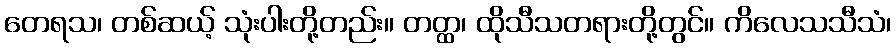
တေရသ၊ တစ်ဆယ့် သုံးပါးတို့တည်း။ တတ္ထ၊ ထိုသီသတရားတို့တွင်။ ကိလေသသီသံ၊